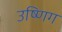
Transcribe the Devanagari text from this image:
उष्णिग